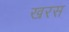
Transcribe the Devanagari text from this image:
खरस